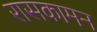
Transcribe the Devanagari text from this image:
रासकामन